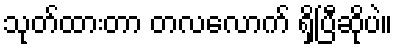
သုတ်ထားတာ တလလောက် ရှိပြီဆိုပဲ။